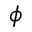
\boldsymbol { \phi }